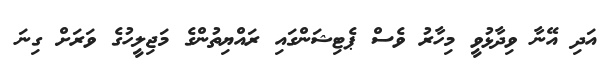
އަދި އޭނާ ވިދާޅުވީ މިހާރު ވެސް ޕެޓިޝަންގައި ރައްޔިތުންގެ މަޖިލީހުގެ ވަރަށް ގިނަ